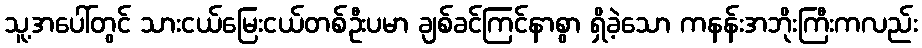
သူ့အပေါ်တွင် သားငယ်မြေးငယ်တစ်ဦးပမာ ချစ်ခင်ကြင်နာစွာ ရှိခဲ့သော ကနန်းအဘိုးကြီးကလည်း